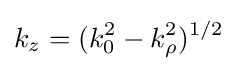
k_{z}=(k_{0}^{2}-k_{\rho }^{2})^{1/2}